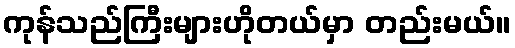
ကုန်သည်ကြီးများဟိုတယ်မှာ တည်းမယ်။